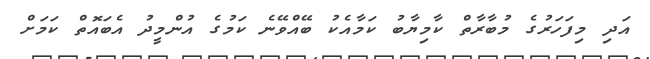
އަދި މިފަހަރުގެ މުބާރާތް ކާމިޔާބު ކަމާއެކު ބޭއްވޭނެ ކަމުގެ އުންމީދު އެބައޮތް ކަމަށް